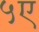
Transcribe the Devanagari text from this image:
५ए